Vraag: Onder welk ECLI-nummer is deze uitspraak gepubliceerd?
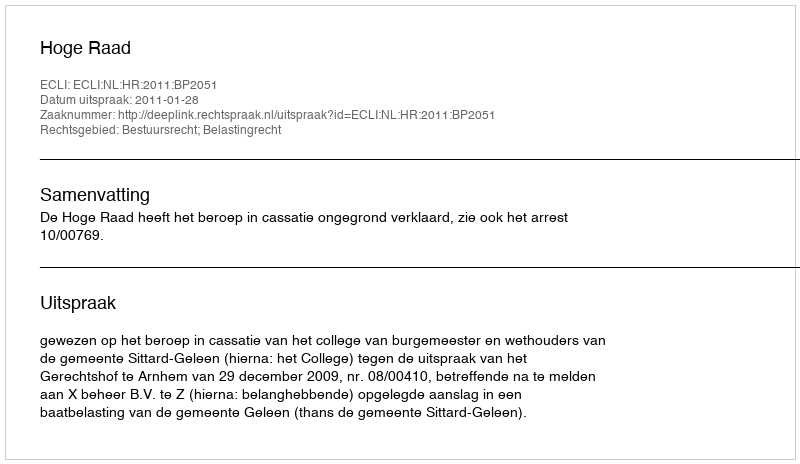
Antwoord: ECLI:NL:HR:2011:BP2051